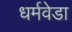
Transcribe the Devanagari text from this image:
धर्मवेडा